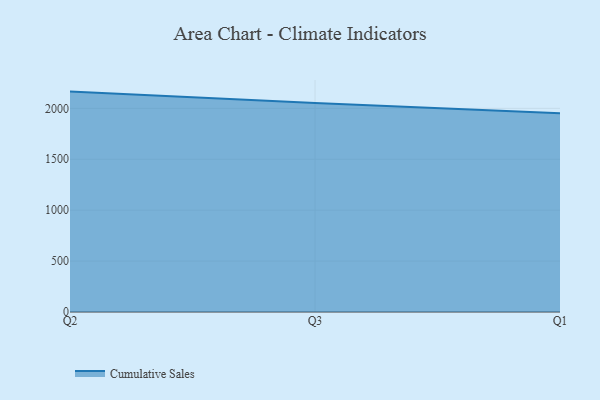
{"axis": {"x": "Quarter", "y": "Demand Index"}, "legend": ["Cumulative Sales"], "data": [{"x": "Q2", "y": 2164.7, "type": "Cumulative Sales"}, {"x": "Q3", "y": 2053.9, "type": "Cumulative Sales"}, {"x": "Q1", "y": 1951.9, "type": "Cumulative Sales"}]}